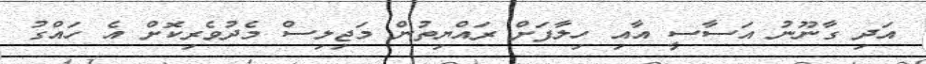
އަދި ގާނޫނު އަސާސީ އާއި ހިލާފަށް ރައްޔިތުން މަޖިލިސް މެދުވެރިކޮށް އެ ހައްގު